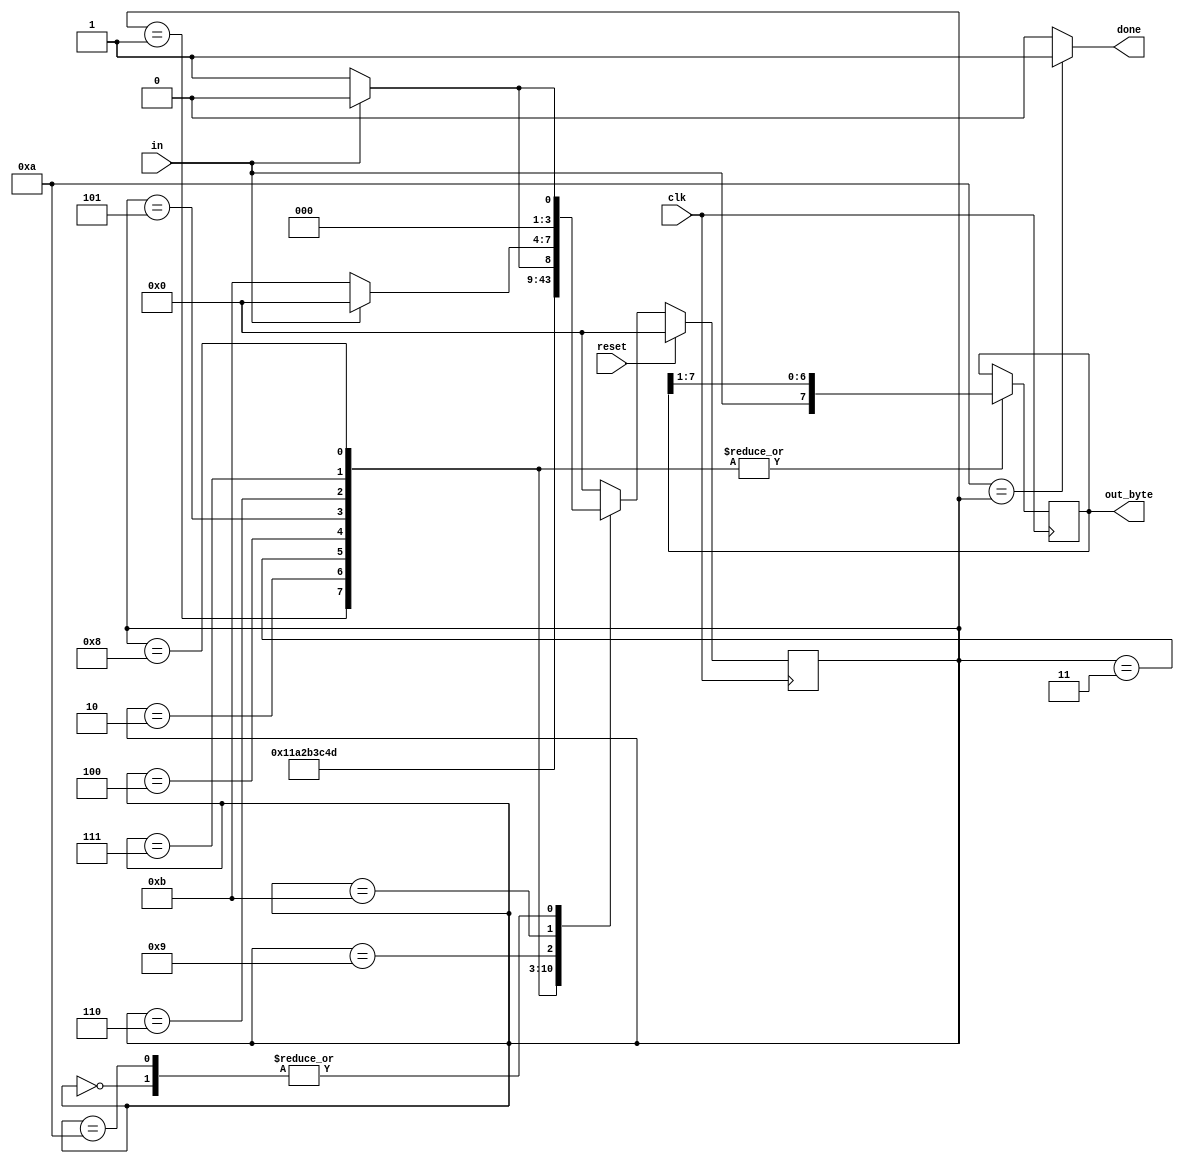
module top_module(
    input clk,
    input in,
    input reset,    // Synchronous reset
    output [7:0] out_byte,
    output done
); //

    // Use FSM from Fsm_serial
    
    parameter idle=0, bit1=1, bit2=2, bit3=3, bit4=4, bit5=5, bit6=6, bit7=7, bit8=8, stopbit=9, received=10, waiting=11;
    
    reg [3:0] current_state, next_state;
    reg [7:0] data;
    
    always @ ( posedge clk ) begin
        if ( reset ) begin
            current_state <= idle;
        end
        else begin
            current_state <= next_state;
        end
    end
    
    always @ * begin
        case ( current_state )
            idle:		next_state 	= ( 1'b0 == in ) ? bit1 : idle;
            bit1:		next_state	= bit2;
            bit2:		next_state	= bit3;
            bit3:		next_state	= bit4;
            bit4:		next_state	= bit5;
            bit5:		next_state	= bit6;
            bit6:		next_state	= bit7;
            bit7:		next_state	= bit8;
            bit8:		next_state	= stopbit;
            stopbit:	next_state	= ( 1'b1 == in ) ? received : waiting;
            waiting:	next_state	= ( 1'b0 == in ) ? waiting : idle;
            received:	next_state	= ( 1'b0 == in ) ? bit1 : idle;
            default:
                	next_state	= idle;
        endcase
    end

    assign done = ( received == current_state ) ? 1'b1 : 1'b0;

    // New: Datapath to latch input bits.
    always @ ( posedge clk ) begin
        case ( current_state )
        	bit1:	data <= {in, data[7:1]};
            bit2:	data <= {in, data[7:1]};
            bit3:	data <= {in, data[7:1]};
            bit4:	data <= {in, data[7:1]};
            bit5:	data <= {in, data[7:1]};
            bit6:	data <= {in, data[7:1]};
            bit7:	data <= {in, data[7:1]};
            bit8:	data <= {in, data[7:1]};
            default: data <= data;
        endcase
    end
    
    assign out_byte = data;
endmodule